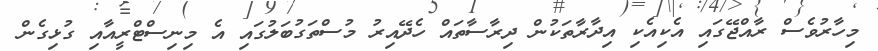
މިހާރުވެސް ރާއްޖޭގައި އެކިއެކި އިދާރާތަކުން ދިރާސާތައް ހެދޭއިރު މުސްތަގުބަލުގައި އެ މިނިސްޓްރީއާއި ގުޅިގެން